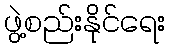
ဖွဲ့စည်းနိုင်ရေး